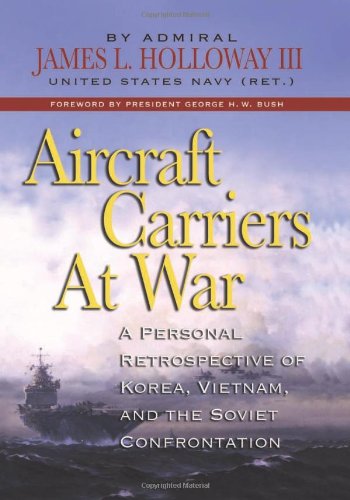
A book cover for Aircraft Carriers at War: A Personal Retrospective of Korea, Vietnam, and the Soviet Confrontation; James L.; History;